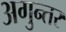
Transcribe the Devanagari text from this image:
अगुन्तर